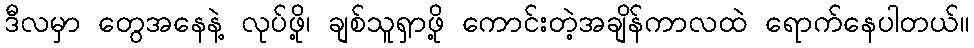
ဒီလမှာ တွေအနေနဲ့ လုပ်ဖို့၊ ချစ်သူရှာဖို့ ကောင်းတဲ့အချိန်ကာလထဲ ရောက်နေပါတယ်။